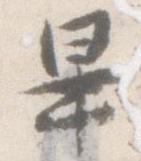
畢